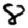
Digit: 8